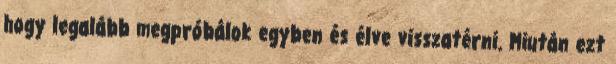
hogy legalább megpróbálok egyben és élve visszatérni. Miután ezt